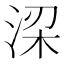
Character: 𬇲